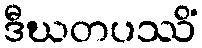
ဒီဃတပဿိံ